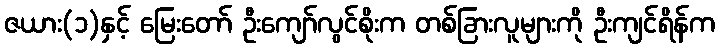
ဇယား(၁)နှင့် မြေးတော် ဦးကျော်လွင်စိုးက တစ်ခြားလူများကို ဦးကျင်ရိန်က